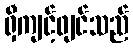
ရှီကျင့်ဖျင်သည်